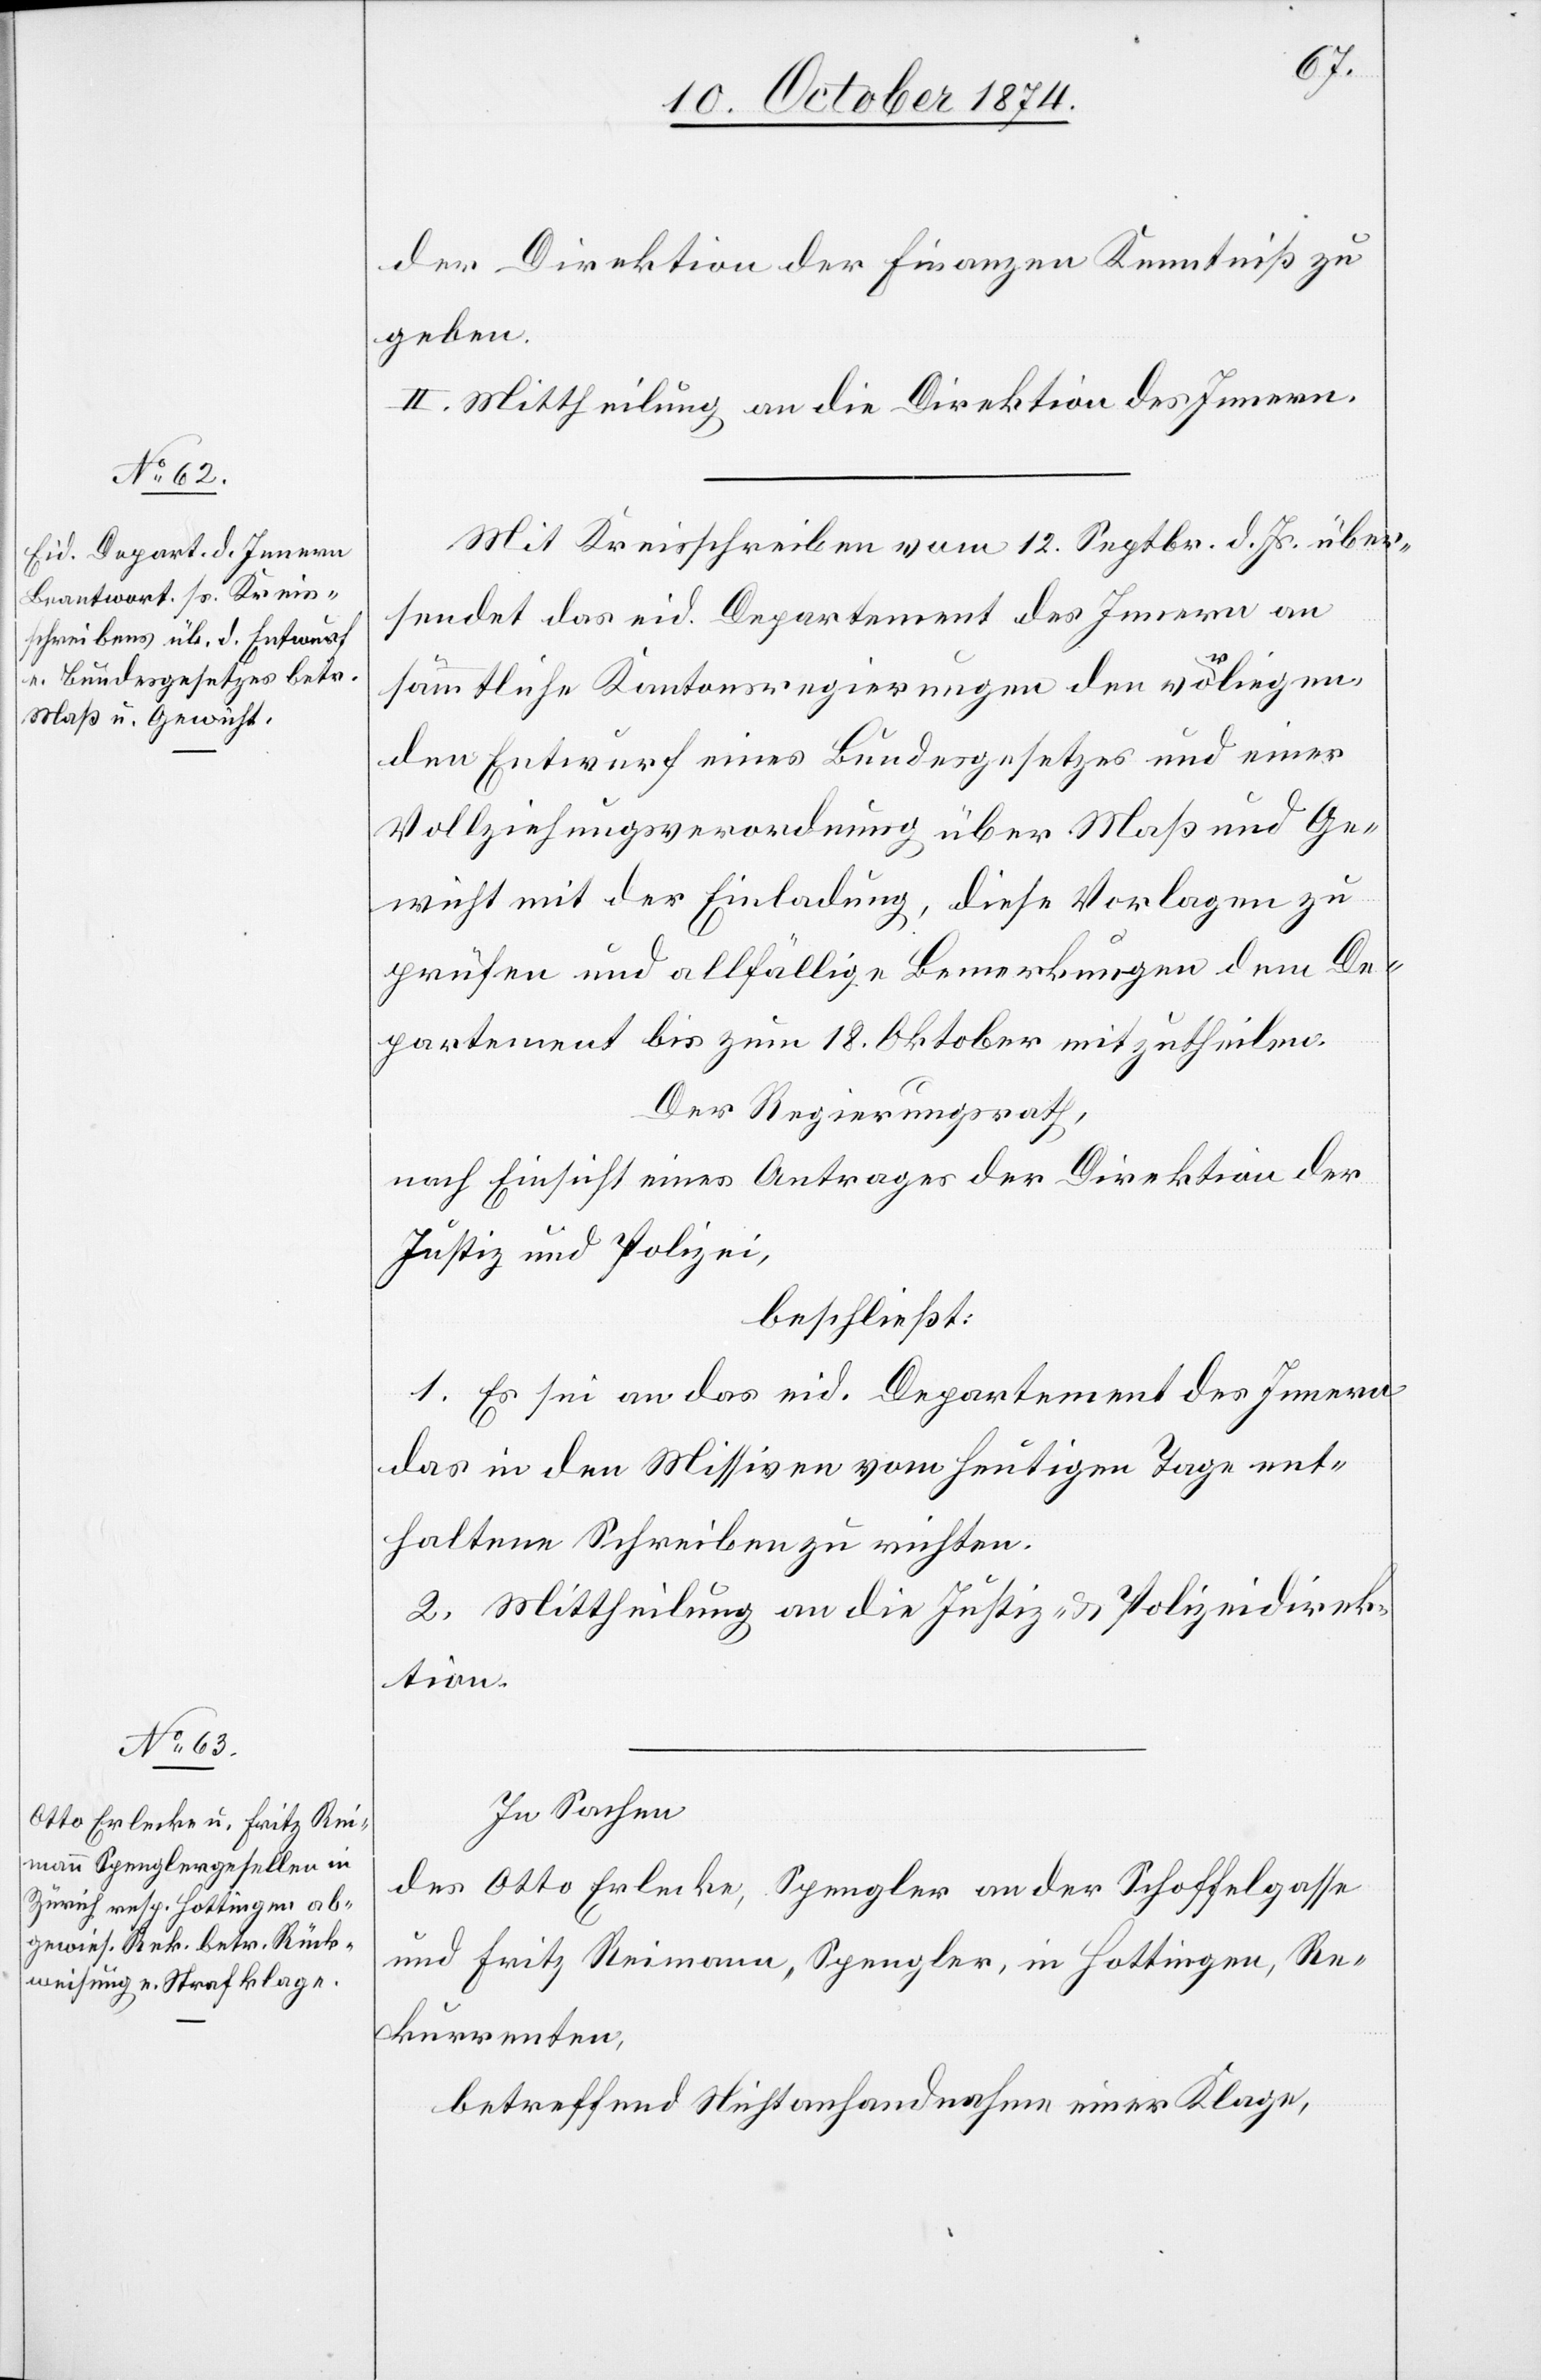
der Direktion der Finanzen Kenntniß zu
geben.
II. Mittheilung an die Direktion des Innern.
Mit Kreisschreiben vom 12. Septbr. d. Js. über¬
sendet das eid. Departement des Innern an
sämmtliche Kantonsregierungen den vorliegen¬
den Entwurf eines Bundesgesetzes und einer
Vollziehungsverordnung über Maß und Ge¬
wicht mit der Einladung, diese Vorlagen zu
prüfen und allfällige Bemerkungen dem De¬
partement bis zum 18. Oktober mitzutheilen.
Der Regierungsrath,
nach Einsicht eines Antrages der Direktion der
Justiz und Polizei,
beschließt:
1. Es sei an das eid. Departement des Innern
das in den Missiven vom heutigen Tage ent¬
haltene Schreiben zu richten.
2. Mittheilung an die Justiz- & Polizeidirek¬
tion.
In Sachen
des Otto Erlecke, Spengler an der Schoffelgasse
und Fritz Reimann, Spengler, in Hottingen, Re¬
kurrenten,
betreffend Nichtanhandnahme einer Klage,